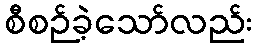
စီစဉ်ခဲ့သော်လည်း